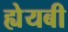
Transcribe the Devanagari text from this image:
ह्येयबी